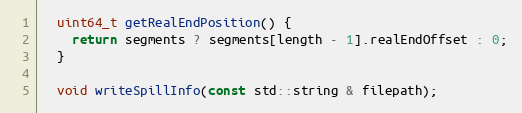
Language: C
  uint64_t getRealEndPosition() {
    return segments ? segments[length - 1].realEndOffset : 0;
  }

  void writeSpillInfo(const std::string & filepath);